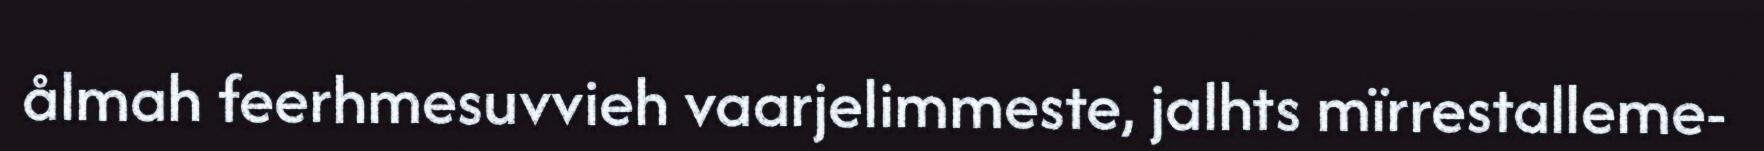
ålmah feerhmesuvvieh vaarjelimmeste, jalhts mïrrestalleme-